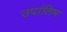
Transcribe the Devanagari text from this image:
उपांतिम